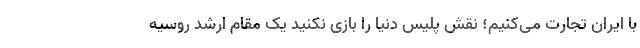
با ایران تجارت می‌کنیم؛ نقش پلیس دنیا را بازی نکنید یک مقام ارشد روسیه